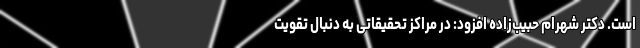
است. دکتر شهرام حبیب‌زاده افزود: در مراکز تحقیقاتی به دنبال تقویت